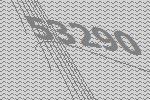
53290